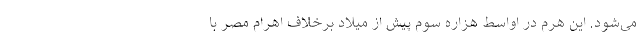
می‌شود. این هرم در اواسط هزاره سوم پیش از میلاد برخلاف اهرام مصر با